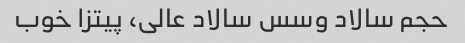
حجم سالاد وسس سالاد عالی، ‌پیتزا خوب